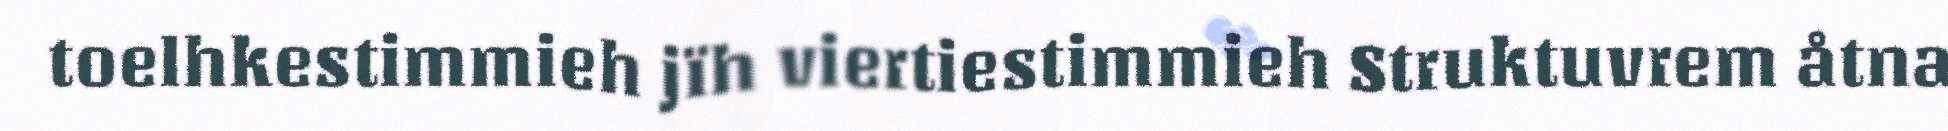
toelhkestimmieh jïh viertiestimmieh Struktuvrem åtna